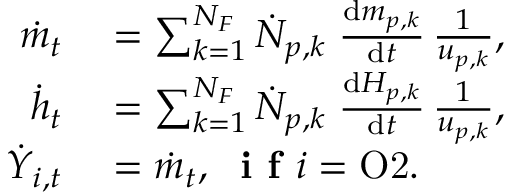
\begin{array} { r l } { \dot { m } _ { t } } & { { } = \sum _ { k = 1 } ^ { N _ { F } } \dot { N } _ { p , k } \; \frac { \mathrm { d } m _ { p , k } } { \mathrm { d } t } \, \frac { 1 } { u _ { p , k } } , } \\ { \dot { h } _ { t } } & { { } = \sum _ { k = 1 } ^ { N _ { F } } \dot { N } _ { p , k } \; \frac { \mathrm { d } H _ { p , k } } { \mathrm { d } t } \, \frac { 1 } { u _ { p , k } } , } \\ { \dot { Y } _ { i , t } } & { { } = \dot { m } _ { t } , \; \textbf { i f } i = \mathrm { O 2 } . } \end{array}